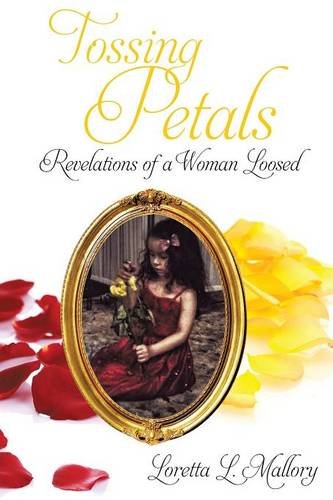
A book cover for Tossing Petals; Revelations of a Woman Loosed; Loretta L. Mallory; Literature & Fiction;